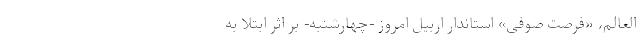
العالم، «فرصت صوفی» استاندار اربیل امروز -چهارشنبه- بر اثر ابتلا به